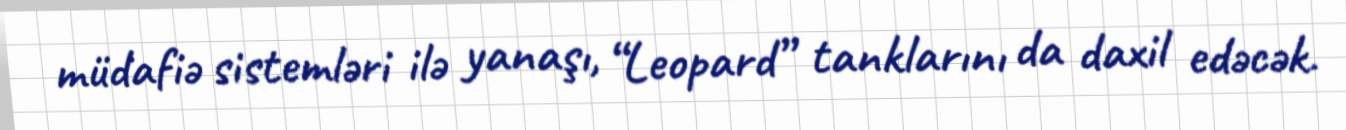
müdafiə sistemləri ilə yanaşı, “Leopard” tanklarını da daxil edəcək.